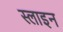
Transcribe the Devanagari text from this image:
स्लाइन